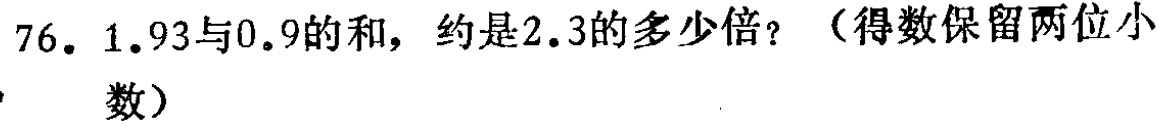
76. 1.93与0.9的和，约是2.3的多少倍？（得数保留两位小

数）